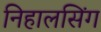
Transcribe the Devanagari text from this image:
निहालसिंग